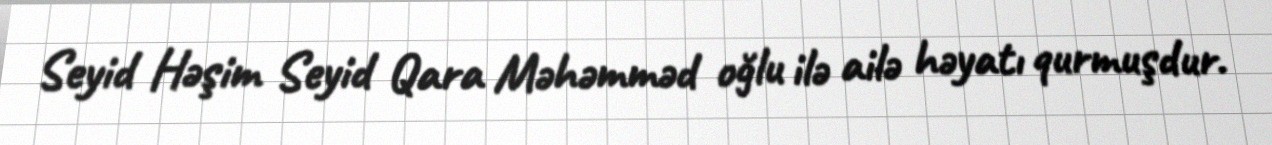
Seyid Həşim Seyid Qara Məhəmməd oğlu ilə ailə həyatı qurmuşdur.